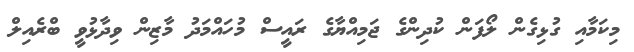
މިކަމާއި ގުޅިގެން ލޯފަން ކުދިންގެ ޖަމިއްޔާގެ ރައީސް މުހައްމަދު މާޒިން ވިދާޅުވީ ބްރެއިލް